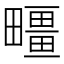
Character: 疅